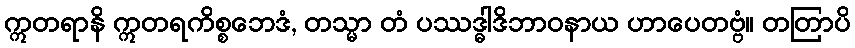
ဣတရာနိ ဣတရကိစ္စဘေဒံ, တသ္မာ တံ ပဿဒ္ဓါဒိဘာဝနာယ ဟာပေတဗ္ဗံ။ တတြာပိ